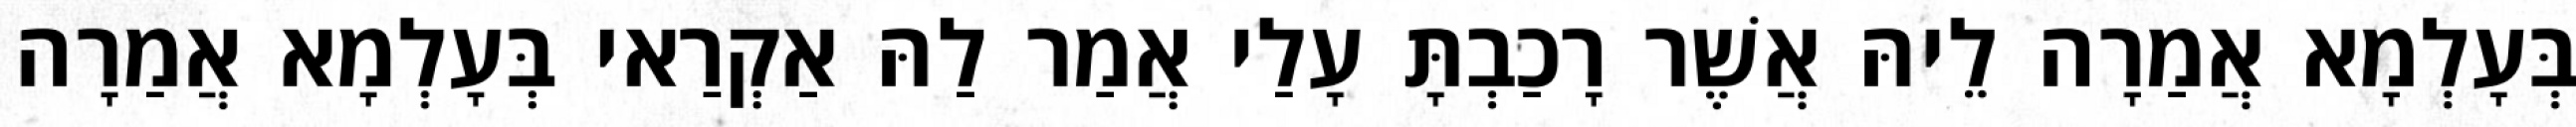
בְּעָלְמָא אֲמַרָה לֵיהּ אֲשֶׁר רָכַבְתָּ עָלַי אֲמַר לַהּ אַקְרַאי בְּעָלְמָא אֲמַרָה